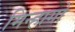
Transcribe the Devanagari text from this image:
मिन्हागों